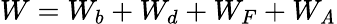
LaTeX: W=W_{b}+W_{d}+W_{F}+W_{\mathit{A}}